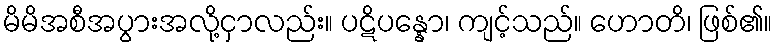
မိမိအစီအပွားအလို့ငှာလည်း။ ပဋိပန္နော၊ ကျင့်သည်။ ဟောတိ၊ ဖြစ်၏။